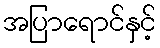
အပြာရောင်နှင့်